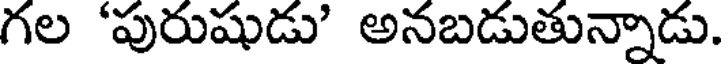
గల 'పురుషుడు' అనబడుతున్నాడు.